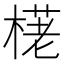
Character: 𣗩